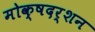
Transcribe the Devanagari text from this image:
मोक्षदर्शन